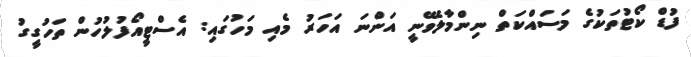
ފުޑް ކޯޓުތަކުގެ މަސައްކަތް ނިންމާލެވޭނީ އަންނަ އަހަރު މެއި މަހުގައި: އެސްޓީއޯފުލުހުން ތަހުގީގު